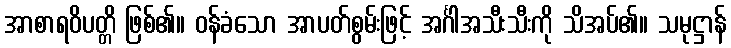
အာစာရဝိပတ္တိ ဖြစ်၏။ ဝန်ခံသော အာပတ်စွမ်းဖြင့် အင်္ဂါအသီးသီးကို သိအပ်၏။ သမုဋ္ဌာန်